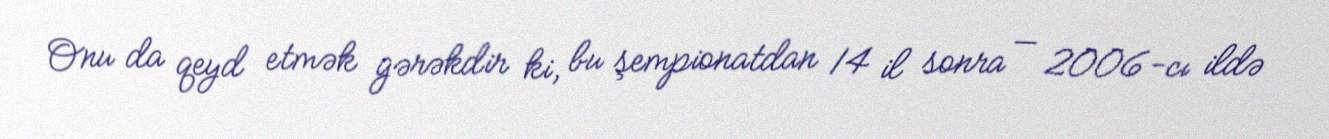
Onu da qeyd etmək gərəkdir ki, bu şempionatdan 14 il sonra — 2006-cı ildə